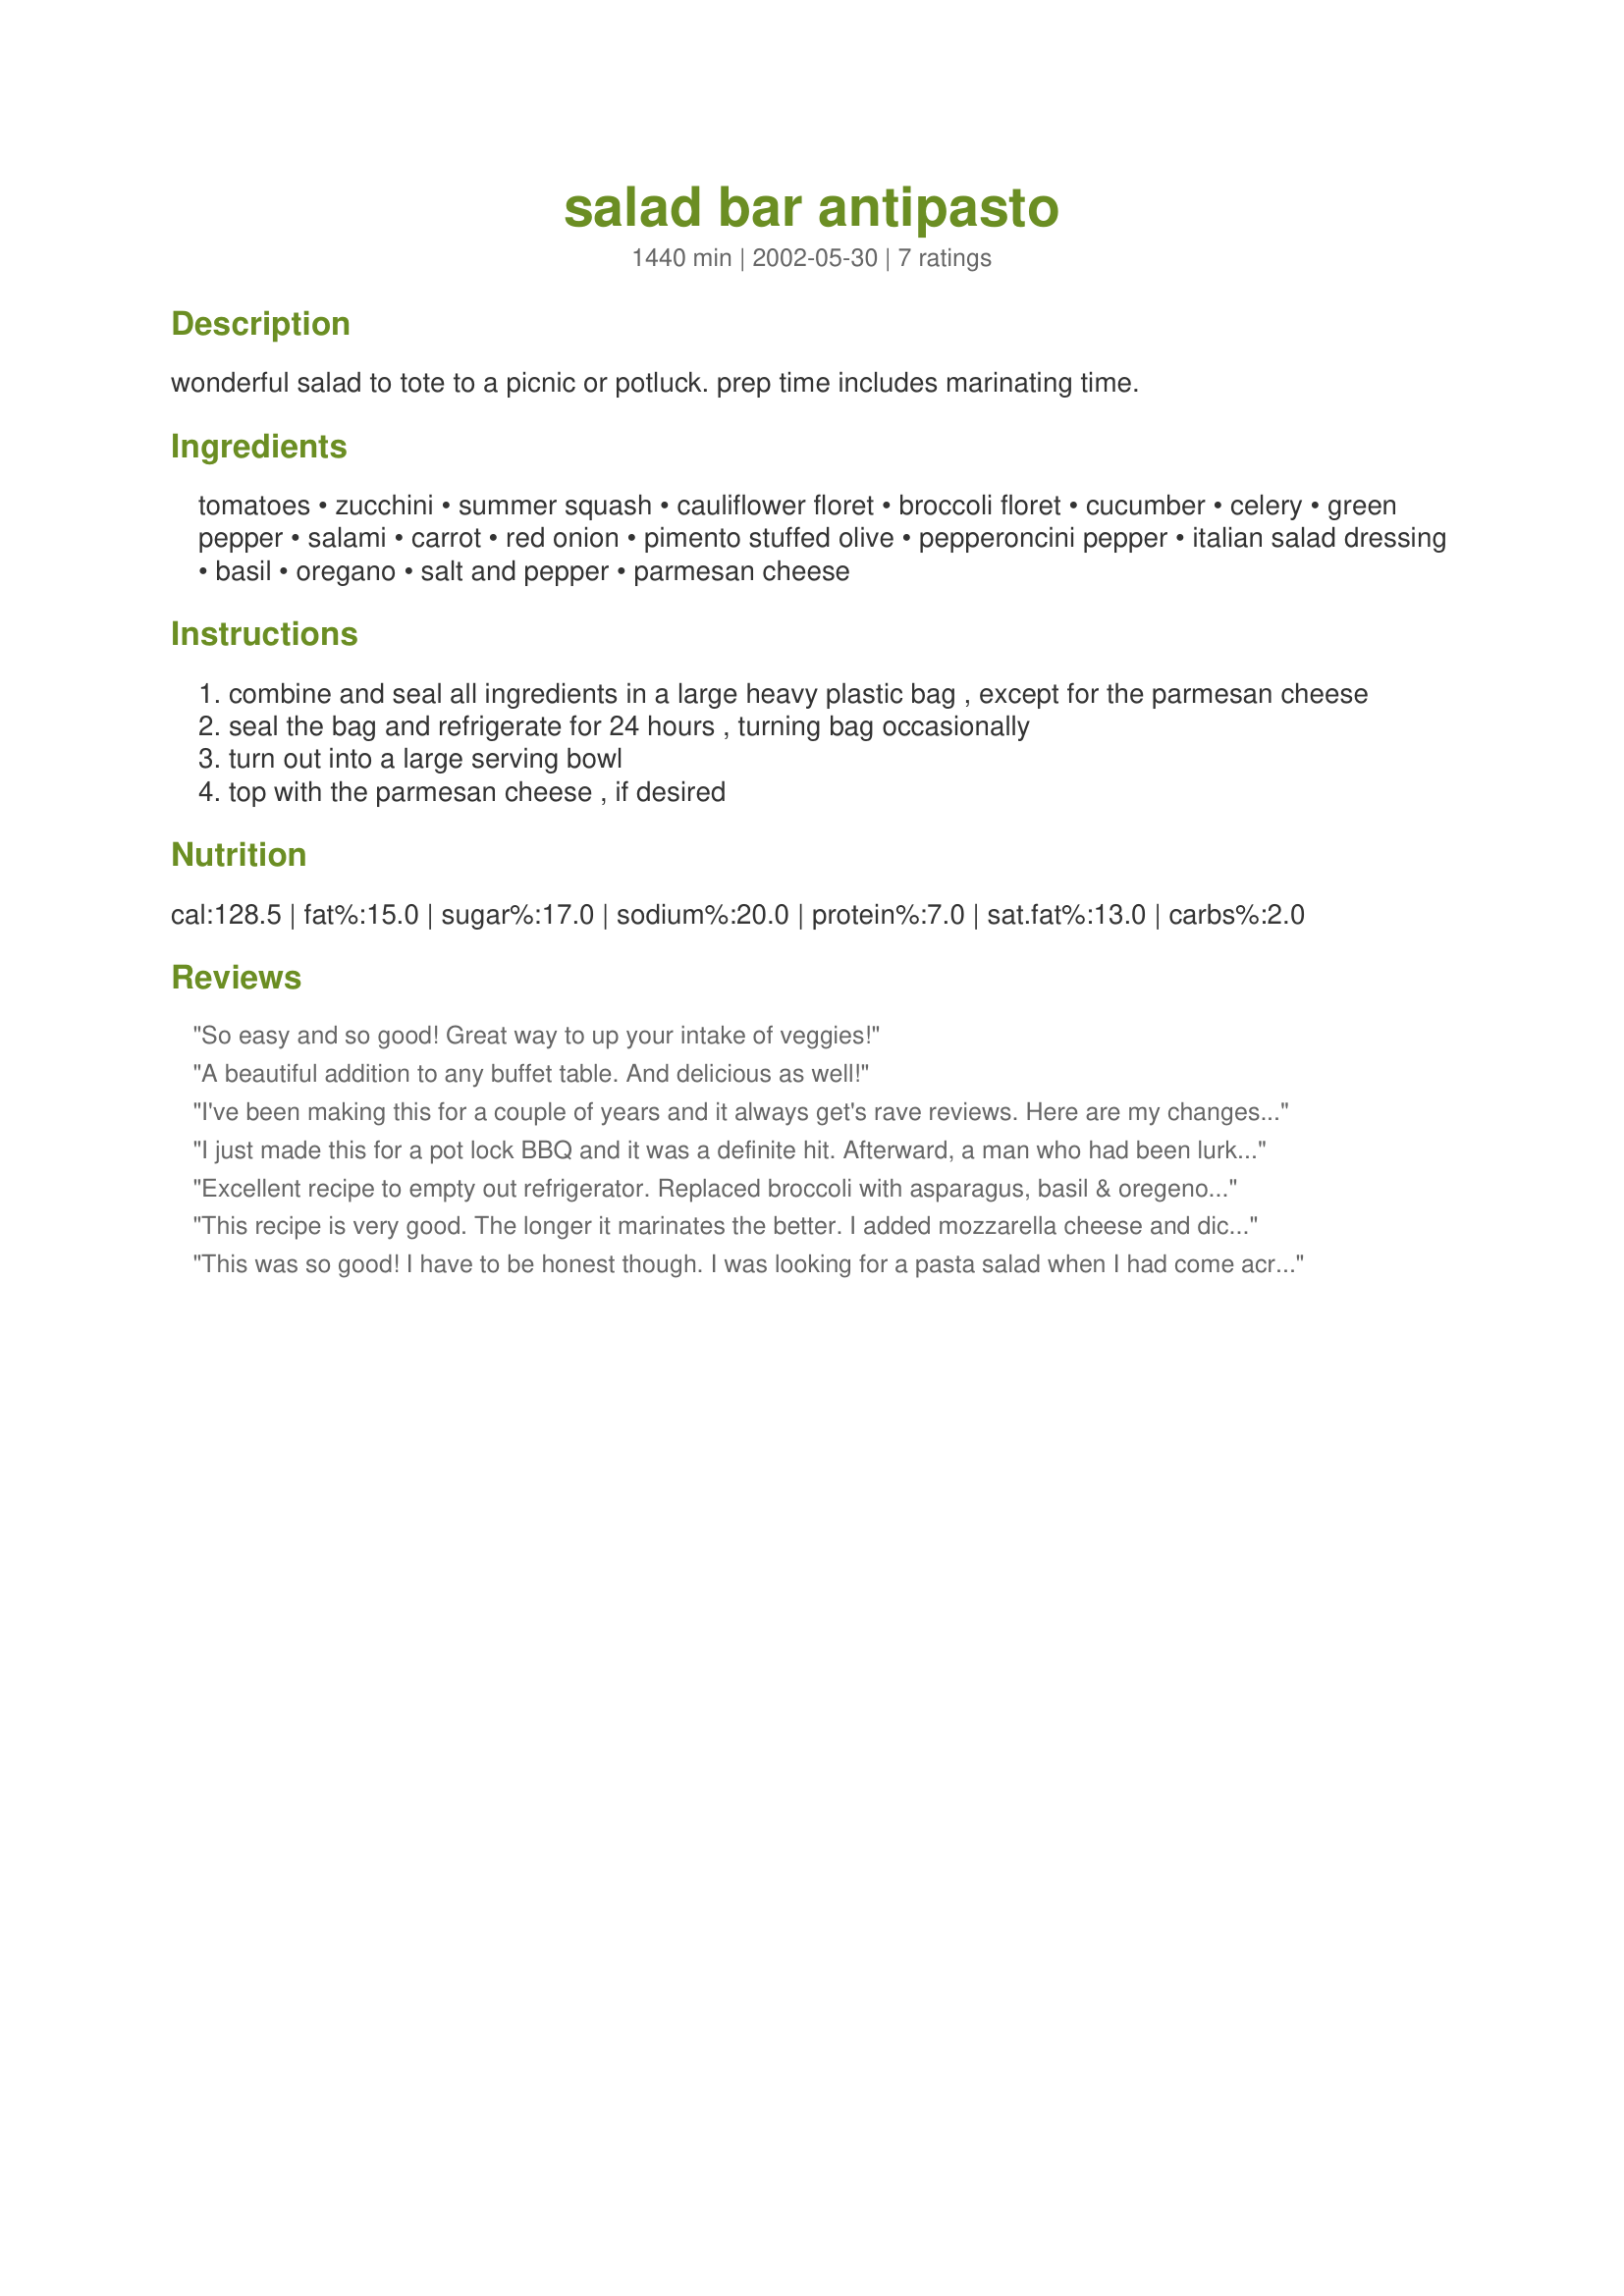
salad bar antipasto
Preparation time: 1440 minutes

wonderful salad to tote to a picnic or potluck. prep time includes marinating time.

Ingredients:
tomatoes, zucchini, summer squash, cauliflower floret, broccoli floret, cucumber, celery, green pepper, salami, carrot, red onion, pimento stuffed olive, pepperoncini pepper, italian salad dressing, basil, oregano, salt and pepper, parmesan cheese

Steps:
combine and seal all ingredients in a large heavy plastic bag , except for the parmesan cheese
seal the bag and refrigerate for 24 hours , turning bag occasionally
turn out into a large serving bowl
top with the parmesan cheese , if desired

Reviews:
So easy and so good! Great way to up your intake of veggies!
A beautiful addition to any buffet table. And delicious as well!
I've been making this for a couple of years and it always get's rave reviews. Here are my changes: add 1# box Rotini Noodles (cook andante and put in ice water immediately to stop cooking). Drain noodles and roll a paper towel around in them to absorb excess moisture. Noodles will get softer as they absorb dressing. Don't over cook or they will get mushy. I use about 1/2 lb of hard salami. Substitute 1 can diced tomatoes for fresh (just my preference). 1 bottle of Ken's Light Northern Italian Dressing. Instead of pimento stuffed olives I use Mezzetta Napa Valley Bistro gourmet olives Italian Antipasto and add about 1/4 cup of the juice from them to the salad. 1/2 tsp basil, 1/2 tsp oregano. I think that's everything. (:
I just made this for a pot lock BBQ and it was a definite hit. Afterward, a man who had been lurking by the empty bowl asked my husband if he knew who made it and could he have the recipe! Thanks very much, Yooper, for this keeper.
Excellent recipe to empty out refrigerator. Replaced broccoli with asparagus, basil & oregeno with Italitan herb seasoning, Italian salad dressing with Ken's balsamic & basil salad dressing. Deleted meat products. Added 1/2 cup sliced fresh mushrooms, 1/2 cup greek black olives and 1/2 cup marinated artichoke hearts.
This recipe is very good. The longer it marinates the better. I added mozzarella cheese and diced peppercinis. 

I will use this over and over.
This was so good! I have to be honest though. I was looking for a pasta salad when I had come across this recipe so I added pasta to it and I also added some pepperocini juice from the jar of pepperocini's. It was so delicious. We loved it. I know that this recipe would also be just as delicious if I made it without the pasta which I am going to do as well. Thank you for posting a wonderful recipe. I am going to be making this one often.
